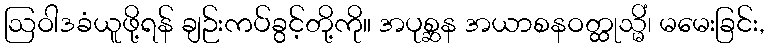
ဩဝါဒခံယူဖို့ရန် ချဉ်းကပ်ခွင့်တို့ကို။ အပုစ္ဆန အယာစနဝတ္ထုသ္မိံ၊ မမေးခြင်း,